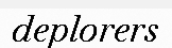
deplorers